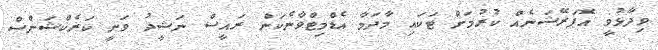
ވިދާޅުވީ އޮޕަރޭޝަނެއް ކުރުމަށް ޓަކައި މާދަމާ އެޑްމިޓްވާނެކަން ރައީސް ނަޝީދު ވަނީ ކަރެކްޝަންސް